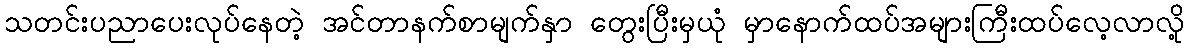
သတင်းပညာပေးလုပ်နေတဲ့ အင်တာနက်စာမျက်နှာ တွေးပြီးမှယုံ မှာနောက်ထပ်အများကြီးထပ်လေ့လာလို့